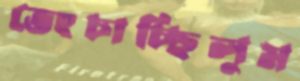
ভেংচাচ্ছিলুম